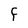
Character: F